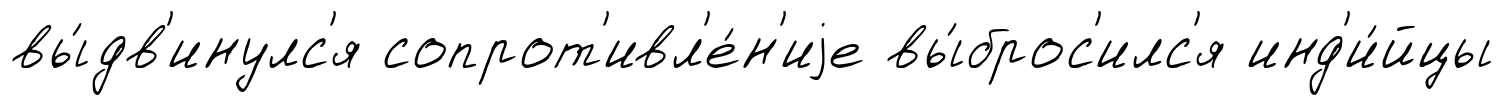
вы́дв'инулс'я сопрот'ивл'е́н'иjе вы́брос'илс'я инд'и́йцы